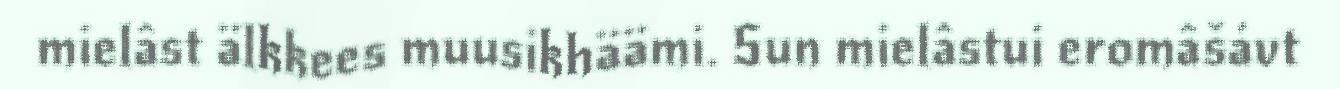
mielâst älkkees muusikhäämi. Sun mielâstui eromâšávt